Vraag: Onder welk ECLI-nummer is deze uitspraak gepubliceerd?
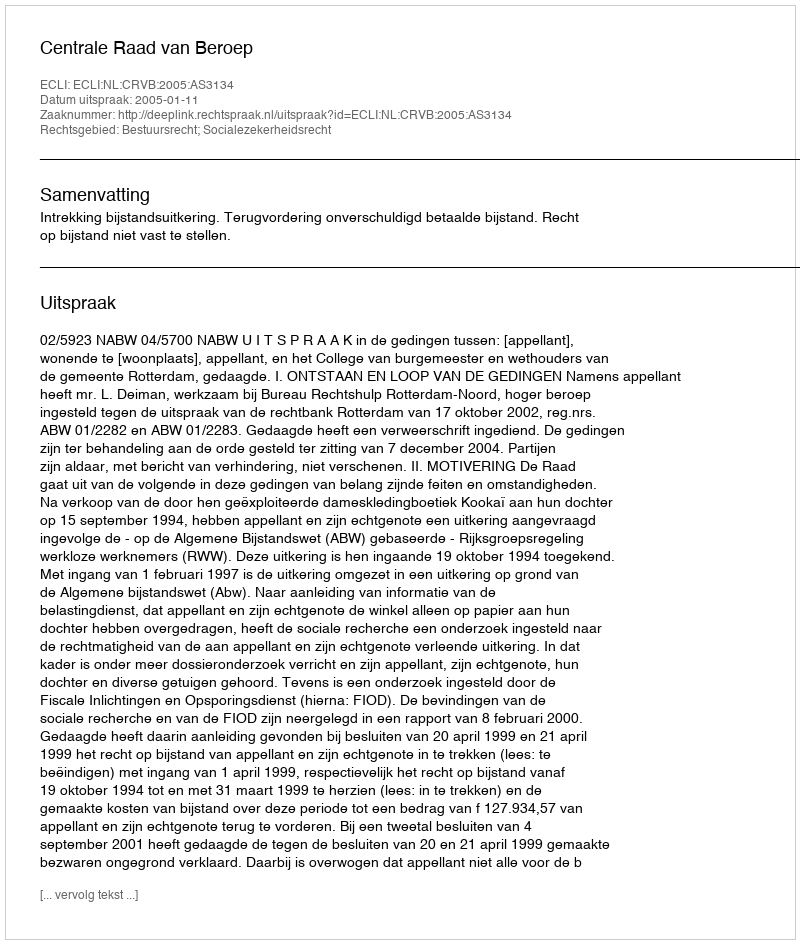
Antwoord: ECLI:NL:CRVB:2005:AS3134